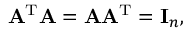
\mathbf { A } ^ { \mathrm { T } } \mathbf { A } = \mathbf { A } \mathbf { A } ^ { \mathrm { T } } = \mathbf { I } _ { n } ,